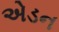
એડન